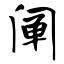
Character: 阐